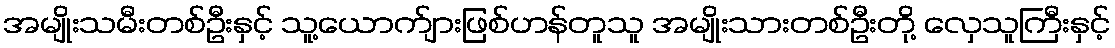
အမျိုးသမီးတစ်ဦးနှင့် သူ့ယောက်ျားဖြစ်ဟန်တူသူ အမျိုးသားတစ်ဦးတို့ လှေသူကြီးနှင့်